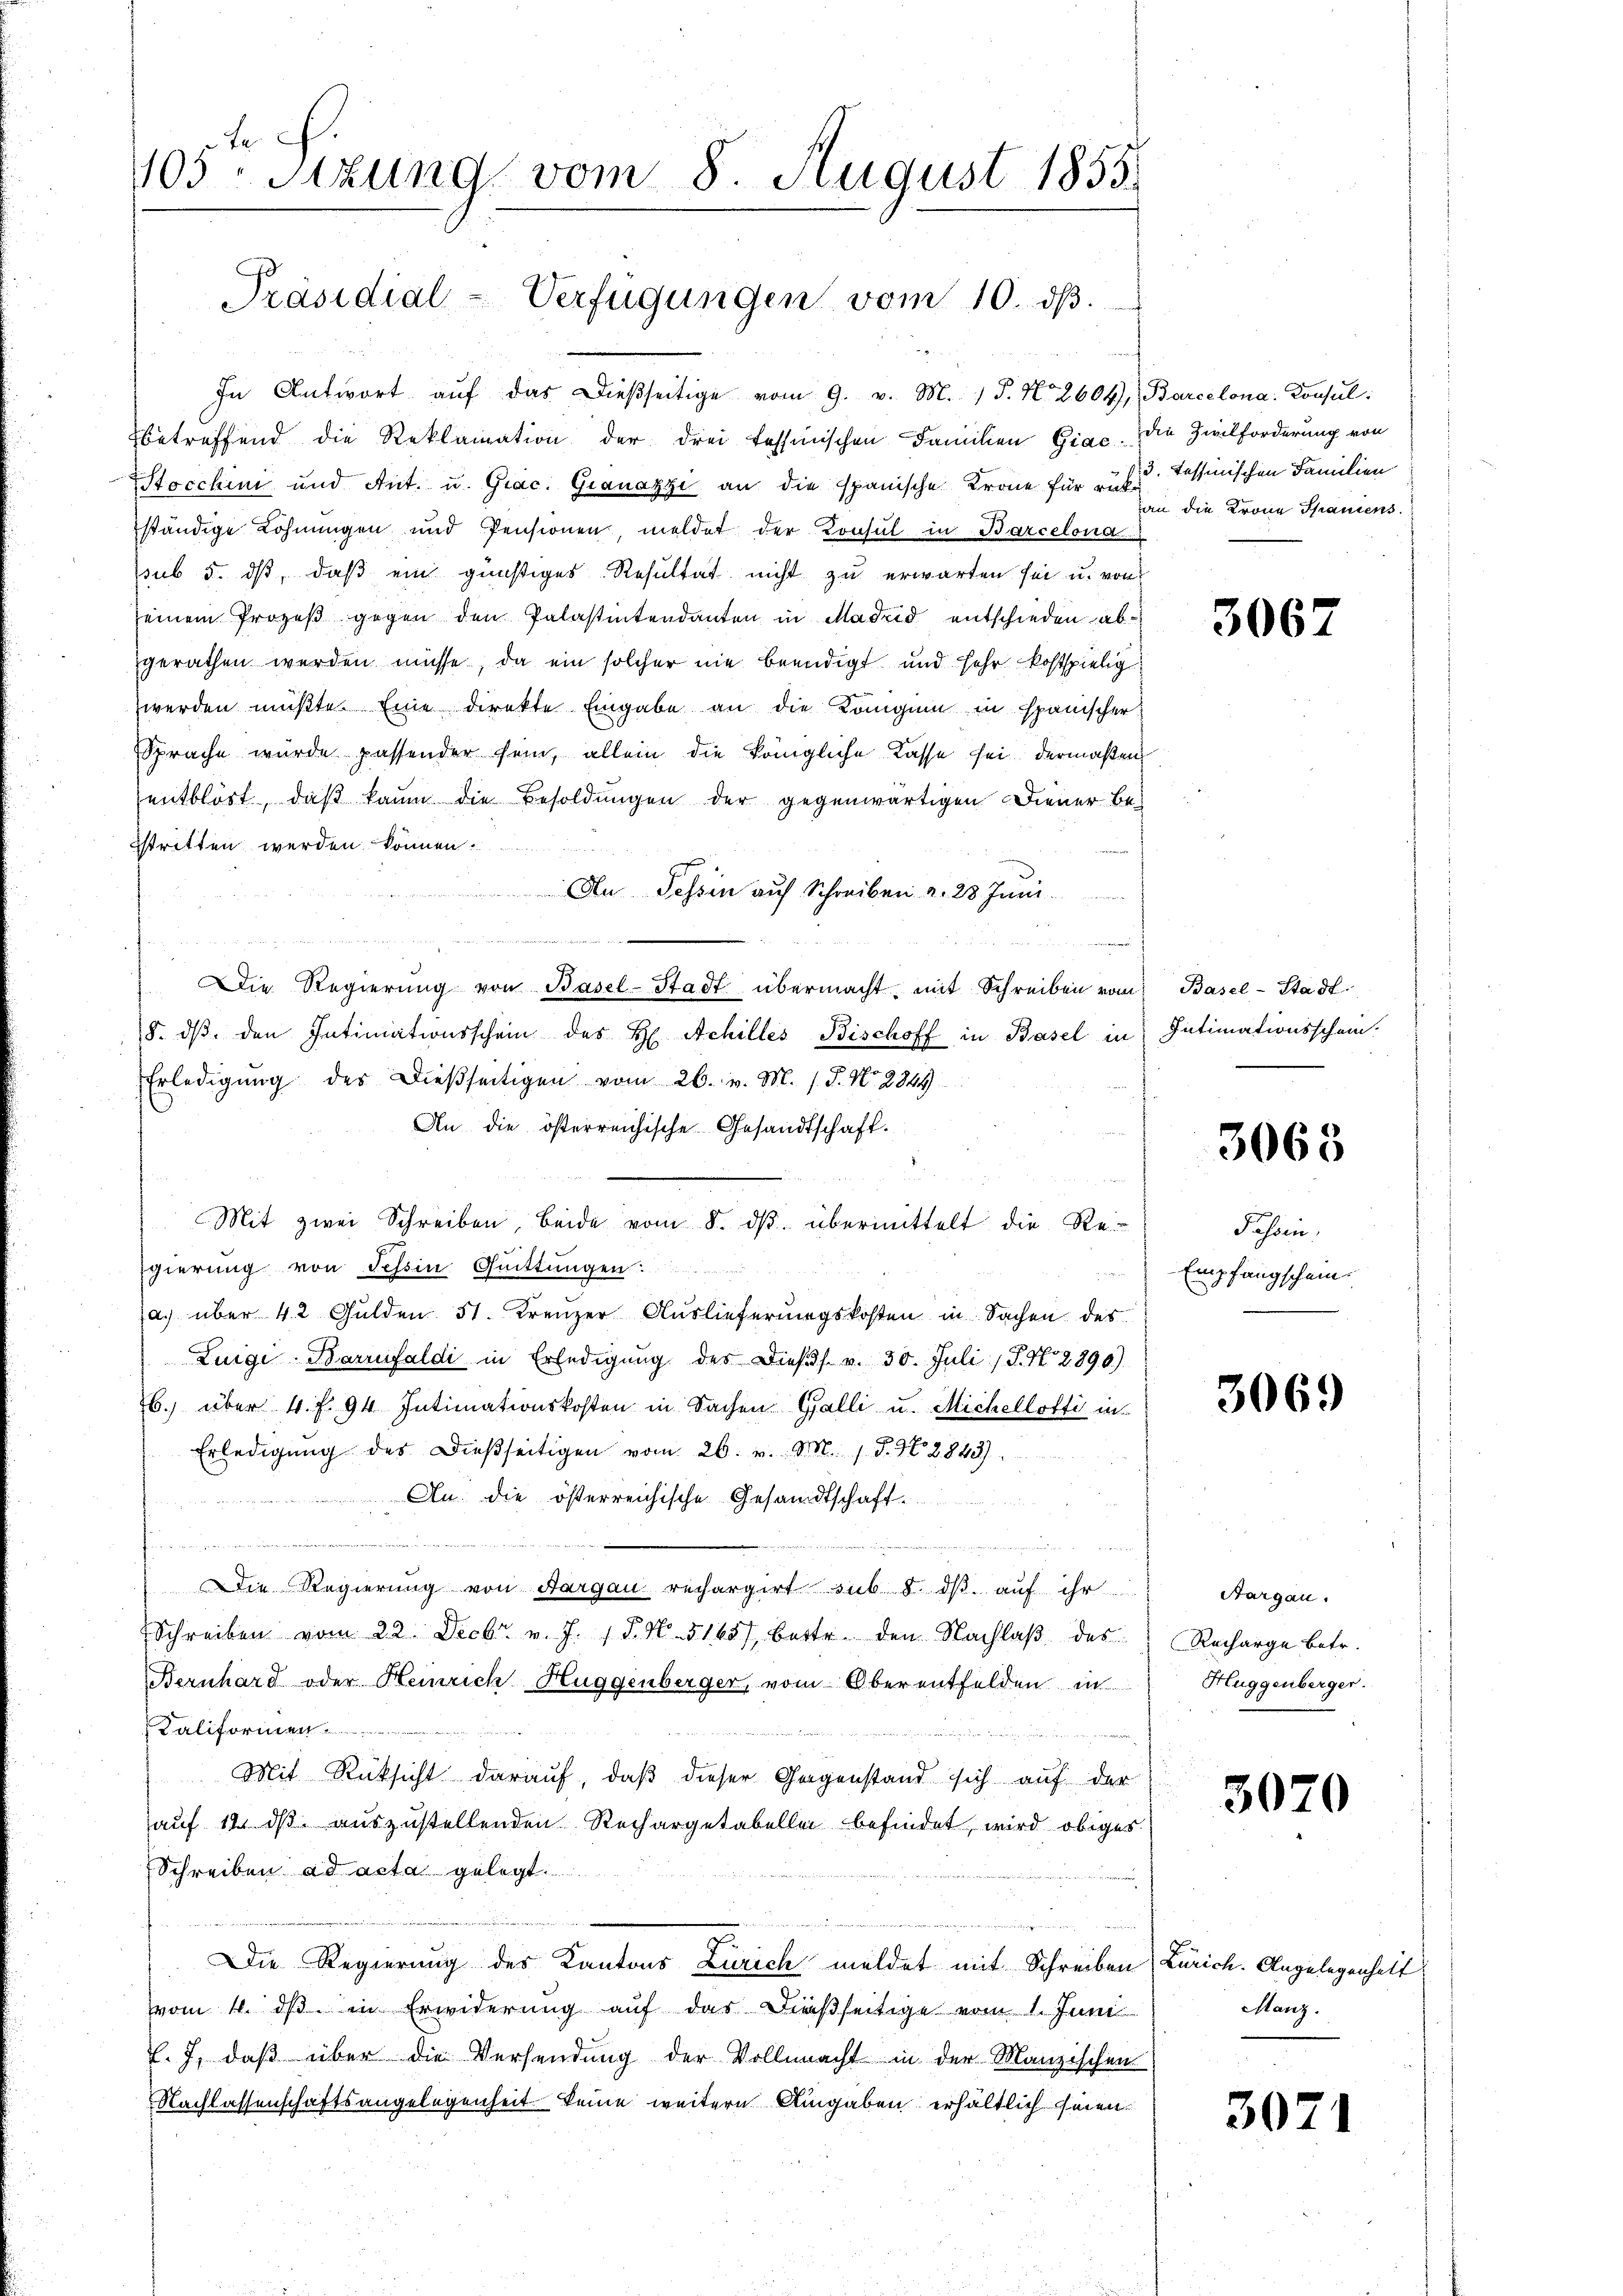
x
1103. Sitzung vom 8. August 1855.

In Antwort aŭf das dießseitige vom 9. v. M. 1 P. N. 2604, Barcelona: Consul
betreffend die Reklamation der drei tessinischen Familien Giac. Die Zivilforderung von
Stocchini und Ant. u. Grac. Granazzi an die Spanische Krone für auf Tessinischen Familien
ständige Löhnungen und Pensionen, meldet der Konsul in Barcelona
sub 5. dß, daß ein günstiges Resultat nicht zu erwarten sei u. von
seinem Prozeß gegen den Palastintendanten in Madrid entschieden abgerathen werden müsse, da ein solcher nie beendigt und sehr kostspielig
werden müßte. Eine direkte Eingabe an die Kangin in spanischer
Sprache wurde passender sein, allein die königliche Kasse sei dermaßen
entblöst, daß kaum die Besoldungen der gegenwärtigen Diener Be-
stritten werden können.
An Tessin auf Schreiben d. 23 Juni.
Die Regierŭng von Basel-Stadt übermacht, mit Schreiben vom Basel-Stadt.
8. dβ den Intimationsschein des H. Achilles Bischoff in Basel in Intimationsschein.
Erledigung des dießseitigen vom 26. v. M. /. P. Nr. 2849
An die österreichische Gesandtschaft.
.
Mit zwei Schreiben, beide vom 8. dβ. übermittelt die Re-
gierung von Tessin Quittungen:
a. über 42 Gulden 51. Kreuzer Auslieferungskosten in Sachen des
Luigi Barrifaldi in Erledigŭng des Dieβs. v. 30. Juli / P. Nr. 2890.)
b.) über 4. f. 94 Intimationskosten in Sachen Galli u. Michellotti in
Erledigŭng des dießseitigen vom 26. v. M. 1. d. d. 2843).
An die österreichische Gesandtschaft.
d

  zu einen der
 19 t Se
Die Regierung von Aargau rechargirt sub 8. dβ aŭf ihr
Schreiben vom 22. Decbr. v. J. 18. No. 5165), bette den Nachlaβ des
Bernhard oder Heinrich Huggenberger, vom Oberentfelden in
Kaliformen
Mit Rücksicht darauf, daß dieser Gegenstand sich auf der
auf 14 dß auszustellenden Rechargetabelle befindet wird obiges
Schreiben ad acta gelegt.
Die Regierung des Kantons Zürich meldet mit Schreiben
vom 4. ds. in Erwiderung auf das dießseitige vom 1. Juni
l. 7, daß über die Versendung der Vollmacht in der Manzischen
Nachlassenschaftsangelegenheit keine weitern Angaben erhältlich seien.

Präsidial-Verfügungen vom 10. dβ.

an die Krone Spaniens

3067

3065

Passin,
Empfangschein.

3069

Aargau.
Recharge betr.
Huggenberger.

50

Zürich. Angelegenheit
Manz.

307

0